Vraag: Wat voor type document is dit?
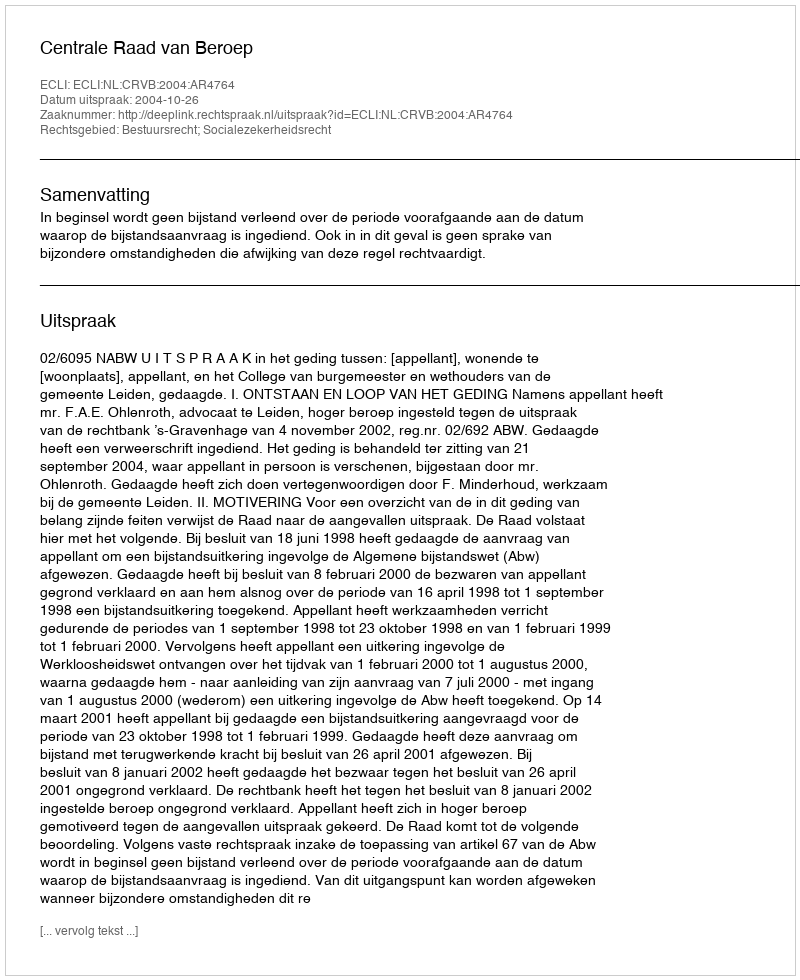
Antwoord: Uitspraak